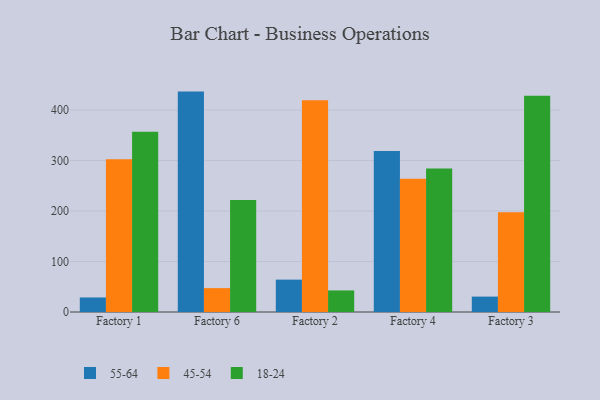
{"axis": {"x": "Factory", "y": "Shipments"}, "legend": ["18-24", "45-54", "55-64"], "data": [{"x": "Factory 1", "y": 28.8, "type": "55-64"}, {"x": "Factory 1", "y": 302.8, "type": "45-54"}, {"x": "Factory 1", "y": 357.1, "type": "18-24"}, {"x": "Factory 6", "y": 436.6, "type": "55-64"}, {"x": "Factory 6", "y": 47.3, "type": "45-54"}, {"x": "Factory 6", "y": 222.1, "type": "18-24"}, {"x": "Factory 2", "y": 64.1, "type": "55-64"}, {"x": "Factory 2", "y": 419.3, "type": "45-54"}, {"x": "Factory 2", "y": 42.7, "type": "18-24"}, {"x": "Factory 4", "y": 318.8, "type": "55-64"}, {"x": "Factory 4", "y": 264.1, "type": "45-54"}, {"x": "Factory 4", "y": 284.5, "type": "18-24"}, {"x": "Factory 3", "y": 30.5, "type": "55-64"}, {"x": "Factory 3", "y": 197.7, "type": "45-54"}, {"x": "Factory 3", "y": 428.2, "type": "18-24"}]}